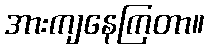
အားကျနေကြတာ။